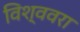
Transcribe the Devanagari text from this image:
विश्ववरा